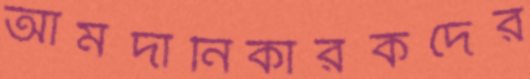
আমদানিকারকদের